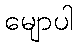
မျောပါ